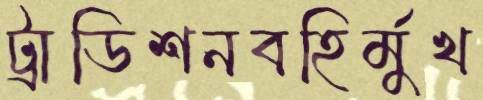
ট্রাডিশনবহির্মুখ